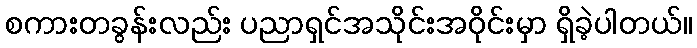
စကားတခွန်းလည်း ပညာရှင်အသိုင်းအဝိုင်းမှာ ရှိခဲ့ပါတယ်။